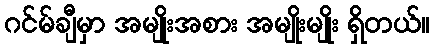
ဂင်မ်ချီမှာ အမျိုးအစား အမျိုးမျိုး ရှိတယ်။